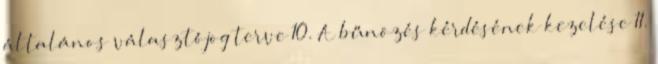
általános választójog terve 10. A bűnözés kérdésének kezelése 11.